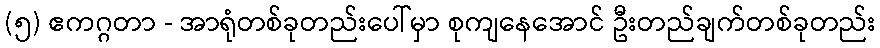
(၅) ဧကဂ္ဂတာ - အာရုံတစ်ခုတည်းပေါ်မှာ စုကျနေအောင် ဦးတည်ချက်တစ်ခုတည်း